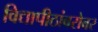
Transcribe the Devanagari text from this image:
विद्यापीठांबरोबर